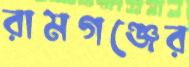
রামগঞ্জের